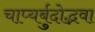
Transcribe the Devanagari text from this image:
चाप्यर्बुदोद्भवा